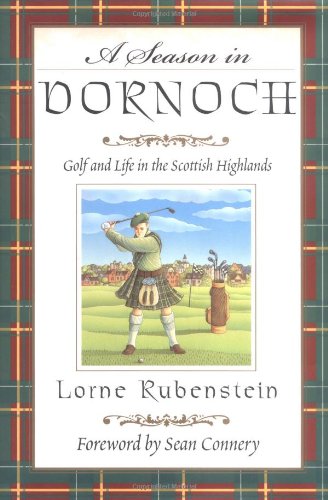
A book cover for A Season in Dornoch: Golf and Life in the Scottish Highlands; Lorne Rubenstein; Travel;